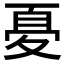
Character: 𱘤